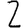
Digit: 2